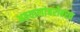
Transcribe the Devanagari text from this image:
अहवालांबरोबरच